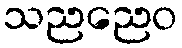
သညညေဝ